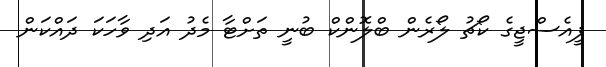
ޕީއެސްޖީގެ ކޯޗު ލޯރެން ބްލޮންކް ބުނީ ތަށްޓާ މެދު އަދި ވާހަކަ ދައްކަން